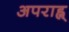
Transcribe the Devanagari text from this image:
अपराह्न्